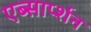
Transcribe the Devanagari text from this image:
एब्सार्प्शन